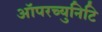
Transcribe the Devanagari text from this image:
ऑपरच्युनिटि